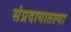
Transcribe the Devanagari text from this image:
संप्रदायातल्या